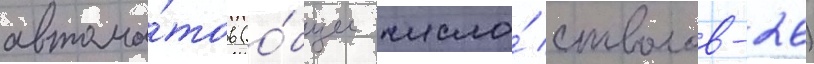
автома́тов (о́бщее число́ стволов-26)